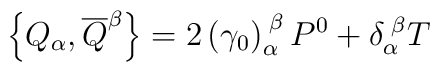
\left\{ Q_{\alpha },\overline{Q}^{\beta }\right\} =2\left( \gamma_{0}\right) _{\alpha }^{\;\beta }P^{0}+\delta _{\alpha }^{\;\beta }T